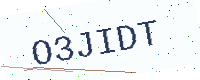
Text: O3JIDT